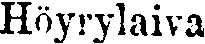
Höyrylaiva